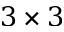
3 \times 3